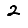
Digit: 2